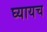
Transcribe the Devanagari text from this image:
घ्यायच